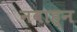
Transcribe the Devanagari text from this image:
नवाह्न